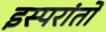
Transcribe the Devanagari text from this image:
इस्परांतो